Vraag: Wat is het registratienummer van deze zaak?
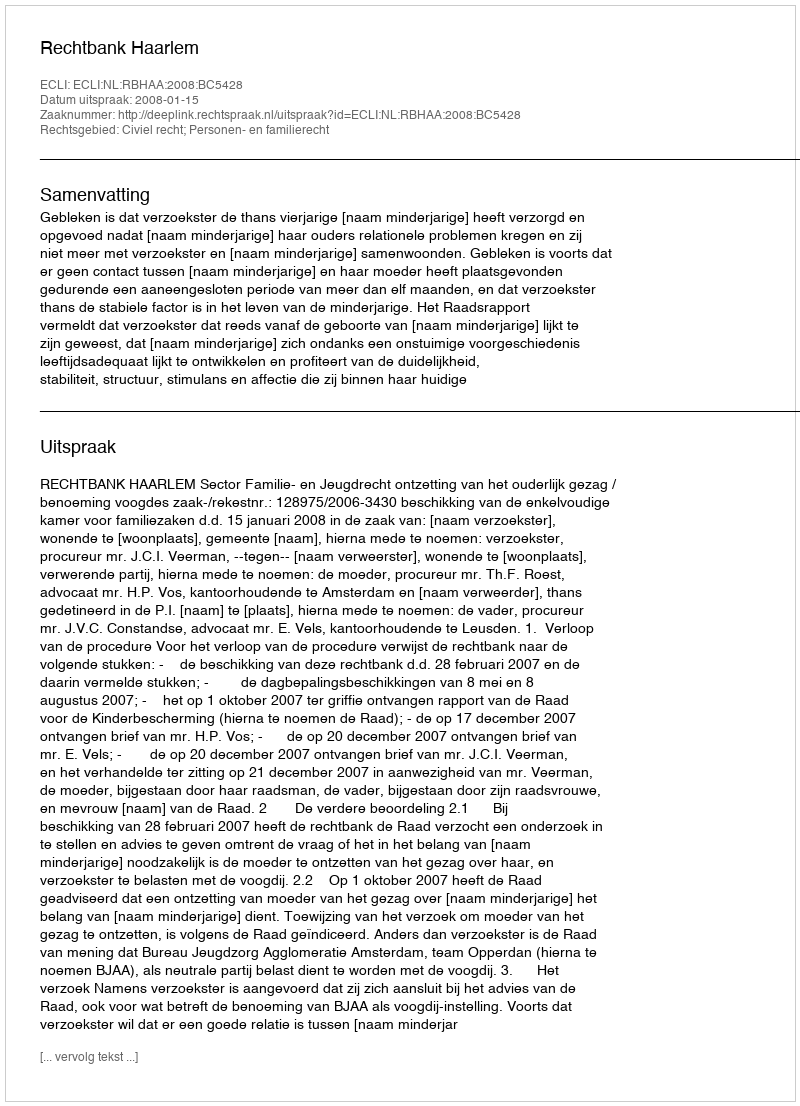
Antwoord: http://deeplink.rechtspraak.nl/uitspraak?id=ECLI:NL:RBHAA:2008:BC5428